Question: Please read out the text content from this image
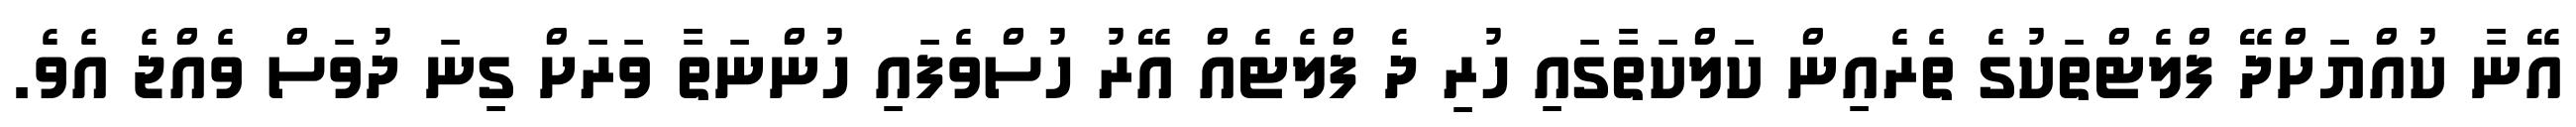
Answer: އޭނާ ކުއްޔަށްދޭ ފްލެޓްތަކުގެ ތެރެއިން ކަލްކަތާގައި ހުރި ދެ ފްލެޓެއް އޭރު ހުސްވެފައި ހުންނަތާ ވަރަށް ގިނަ ދުވަސް ވެއްޖެ އެވެ.